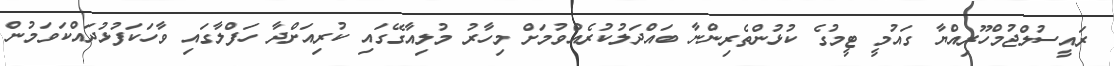
ރައީސުލްޖުމްހޫރިއްޔާ ގައުމީ ޓީމުގެ ކުޅުންތެރިންނާ ބައްދަލުކުރެއްވުމަށް މިހާރު މުލިއާގޭގައި ކުރިއަށްދާ ހަފްލާގައި ވާހަކަފުޅުދައްކަވަމުން